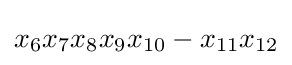
x_{6}x_{7}x_{8}x_{9}x_{10}-x_{11}x_{12}